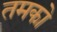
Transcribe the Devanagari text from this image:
तमको